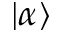
| \alpha \rangle